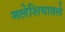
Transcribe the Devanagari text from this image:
मलेशियातले